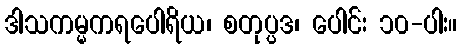
ဒါသကမ္မကရပေါရိယ၊ စတုပ္ပဒ၊ ပေါင်း ၁၀-ပါး။